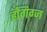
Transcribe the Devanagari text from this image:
हँगिग्ज